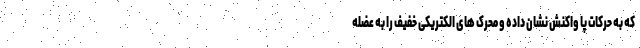
که به حرکات پا واکنش نشان داده و محرک های الکتریکی خفیف را به عضله